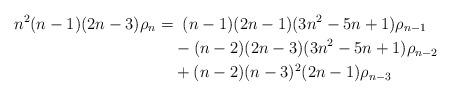
LaTeX: \begin{align*}n^2(n-1)(2n-3)\rho_n =& \;\;(n-1)(2n-1)(3n^2-5n+1)\rho_{n-1}\\&-(n-2)(2n-3)(3n^2-5n+1)\rho_{n-2}\\&+ (n-2)(n-3)^2(2n-1)\rho_{n-3}\end{align*}